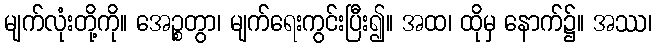
မျက်လုံးတို့ကို။ အေဉ္စတွာ၊ မျက်ရေးကွင်းပြီး၍။ အထ၊ ထိုမှ နောက်၌။ အဿ၊